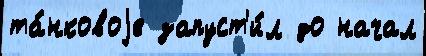
та́нковоjе запуст'и́л до начал